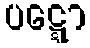
ပဋ္ဋော